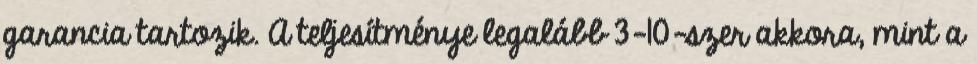
garancia tartozik. A teljesítménye legalább 3-10-szer akkora, mint a